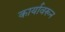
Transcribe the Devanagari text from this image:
कार्यावरून